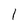
Character: 1